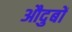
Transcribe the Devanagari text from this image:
औदुबों